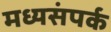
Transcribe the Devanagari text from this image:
मध्यसंपर्क